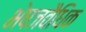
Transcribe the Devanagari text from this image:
भेषजवैधिक